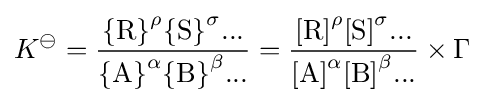
K^{\ominus }={\frac {\mathrm {\{R\}} ^{\rho }\mathrm {\{S\}} ^{\sigma }...}{\mathrm {\{A\}} ^{\alpha }\mathrm {\{B\}} ^{\beta }...}}={\frac {{[\mathrm {R} ]}^{\rho }{[\mathrm {S} ]}^{\sigma }...}{{[\mathrm {A} ]}^{\alpha }{[\mathrm {B} ]}^{\beta }...}}\times \Gamma